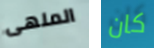
الملهى كان